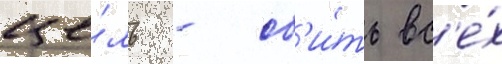
це́ль - сб'и́ть вс'е́х